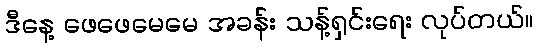
ဒီနေ့ ဖေဖေမေမေ အခန်း သန့်ရှင်းရေး လုပ်တယ်။